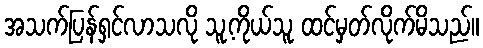
အသက်ပြန်ရှင်လာသလို သူ့ကိုယ်သူ ထင်မှတ်လိုက်မိသည်။